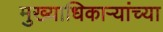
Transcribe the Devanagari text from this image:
मुख्याधिकाऱ्यांच्या